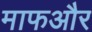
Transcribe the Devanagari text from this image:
माफऔर